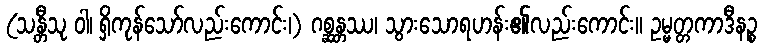
(သန္တီသု ဝါ၊ ရှိကုန်သော်လည်းကောင်း၊) ဂစ္ဆန္တဿ၊ သွားသောရဟန်း၏လည်းကောင်း။ ဥမ္မတ္တကာဒီနဉ္စ